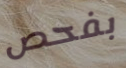
بفحص